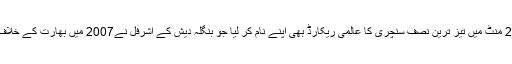
اس طرح انھوں نے 27 منٹ میں تیز ترین نصف سنچری کا عالمی ریکارڈ بھی اپنے نام کر لیا جو بنگلہ دیش کے اشرفل نے2007 میں بھارت کے خلاف میرپور میں بنایا تھا۔